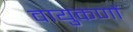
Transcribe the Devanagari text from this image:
वायुकणों